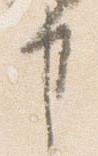
事